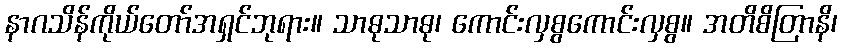
နာဂသိန်ကိုယ်တော်အရှင်ဘုရား။ သာဓုသာဓု၊ ကောင်းလှစွကောင်းလှစွ။ အတိစိတြာနိ၊